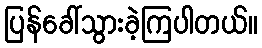
ပြန်ခေါ်သွားခဲ့ကြပါတယ်။